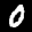
Label: 0